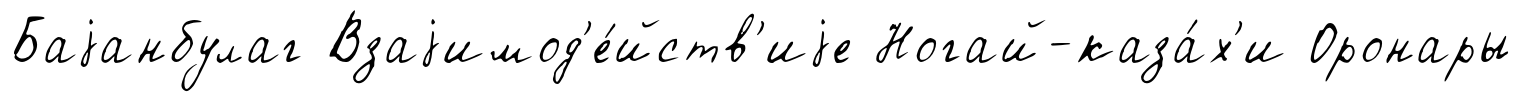
Баjанбулаг Взаjимод'е́йств'иjе Ногай-каза́х'и Оронары